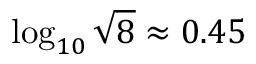
\log _ { 1 0 } \sqrt { 8 } \approx 0 . 4 5